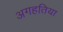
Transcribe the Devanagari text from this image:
अगहतिया